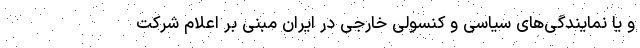
و یا نمایندگی‌های سیاسی و کنسولی خارجی در ایران مبنی بر اعلام شرکت